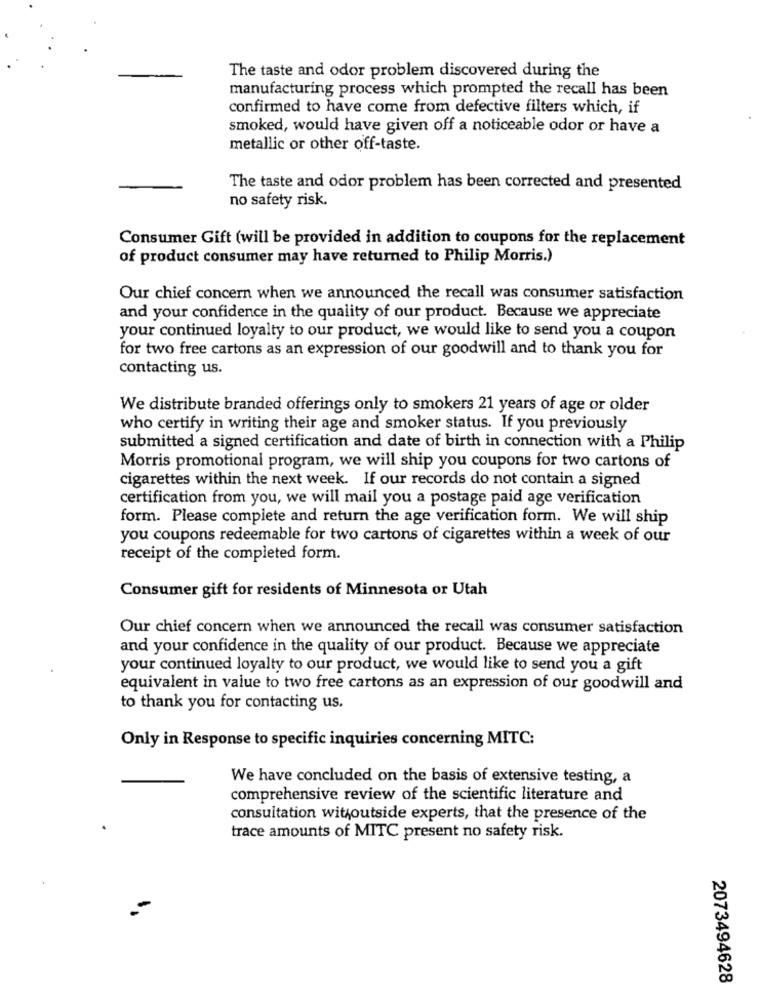
The taste and odor problem discovered during the
manufacturing process which prompted the recall has been
confirmed to have come from defective filters which, if
smoked, would have given off a noticeable odor or have a
metallic or other off-taste.
The taste and odor problem has been corrected and presented
no safety risk.
Consumer Gift (will be provided in addition to coupons for the replacement
of product consumer may have returned to Philip Morris.)
Our chief concern when we announced the recall was consumer satisfaction
and your confidence in the quality of our product. Because we appreciate
your continued loyalty to our product, we would like to send you a coupon
for two free cartons as an expression of our goodwill and to thank you for
contacting us.
We distribute branded offerings only to smokers 21 years of age or older
who certify in writing their age and smoker status. If you previously
submitted a signed certification and date of birth in connection with a Philip
Morris promotional program, we will ship you coupons for two cartons of
cigarettes within the next week. If our records do not contain a signed
certification from you, we will mail you a postage paid age verification
form. Please complete and return the age verification form. We will ship
you coupons redeemable for two cartons of cigarettes within a week of our
receipt of the completed form.
Consumer gift for residents of Minnesota or Utah
Our chief concern when we announced the recall was consumer satisfaction
and your confidence in the quality of our product. Because we appreciate
your continued loyalty to our product, we would like to send you a gift
equivalent in value to two free cartons as an expression of our goodwill and
to thank you for contacting us.
Only in Response to specific inquiries concerning MITC:
We have concluded on the basis of extensive testing, a
comprehensive review of the scientific literature and
consultation withoutside experts, that the presence of the
trace amounts of MITC present no safety risk.
2073494628